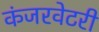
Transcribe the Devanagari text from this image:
कंजरवेटरी